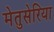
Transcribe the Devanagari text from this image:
मेतुसेरिया